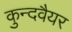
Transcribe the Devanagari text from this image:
कुन्दवैयर